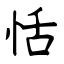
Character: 恬